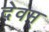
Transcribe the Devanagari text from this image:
देवम्